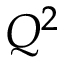
Q ^ { 2 }